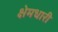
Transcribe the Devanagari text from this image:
क्षेमधारी